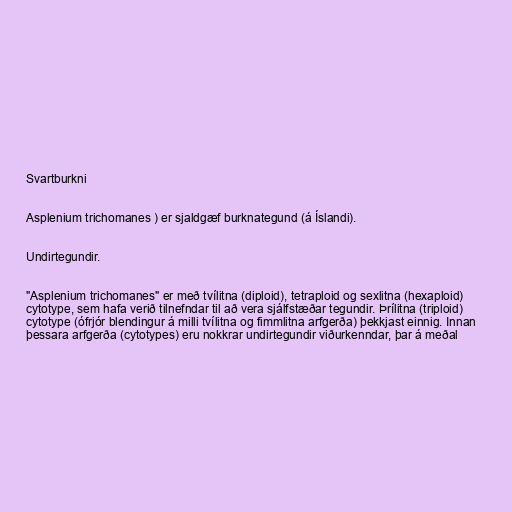
Svartburkni

Asplenium trichomanes ) er sjaldgæf burknategund (á Íslandi).

Undirtegundir.

"Asplenium trichomanes" er með tvílitna (diploid), tetraploid og sexlitna (hexaploid)
cytotype, sem hafa verið tilnefndar til að vera sjálfstæðar tegundir. Þrílitna (triploid)
cytotype (ófrjór blendingur á milli tvílitna og fimmlitna arfgerða) þekkjast einnig. Innan
þessara arfgerða (cytotypes) eru nokkrar undirtegundir viðurkenndar, þar á meðal